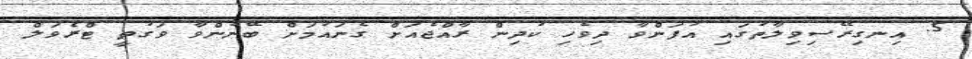
5. އިނގިރޭސިވިލާތުގައި އުފަންވާ ދިވެހި ކުދިން ރާއްޖެއަށް ގެނައުމަށް ބޭނުންވާ ވަގުތީ ޓްރެވަލް